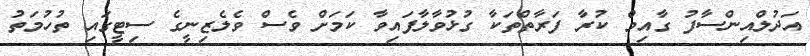
އަދުލްއިންސާފު ގާއިމް ކުރާ ފަރާތްތަކާ ގުޅުވާލާފައިވާ ކަމަށް ވެސް ވެލެޒިނީގެ ސިޓީގައި ތުހުމަތު